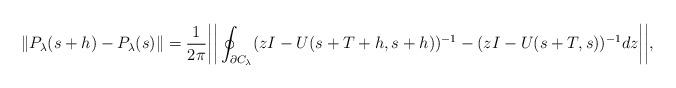
LaTeX: \begin{align*} \|P_\lambda(s+h) - P_\lambda(s) \| &= \frac{1}{2 \pi} \bigg | \bigg | \oint_{\partial C_\lambda} (zI-U(s+T + h,s + h))^{-1} - (zI-U(s+T,s))^{-1} dz\bigg | \bigg |,\end{align*}